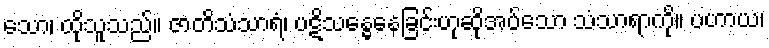
သော၊ ထိုသူသည်။ ဇာတိသံသာရံ၊ ပဋိသန္ဓေနေခြင်းဟုဆိုအပ်သော သံသာရာကို။ ပဟာယ၊